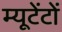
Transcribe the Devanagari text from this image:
म्यूटेंटों